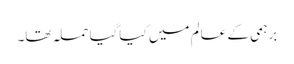
برہمی کے عالم میں کیاگیا حملہ تھا۔